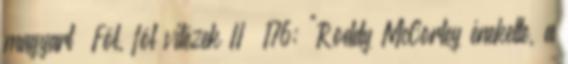
magyart” Föl, föl vitézek II 176; "Roddy McCorley énekelte, a